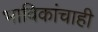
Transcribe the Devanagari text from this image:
भाविकांचाही